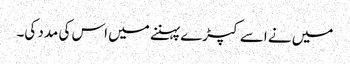
میں نے اسے کپڑے پہننے میں اس کی مدد کی۔